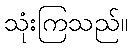
သုံးကြသည်။